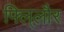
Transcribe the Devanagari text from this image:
फ्लि्लौर